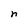
Character: n